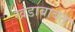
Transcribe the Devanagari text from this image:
खंडाबाबत